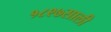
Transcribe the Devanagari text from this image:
१८९७साली